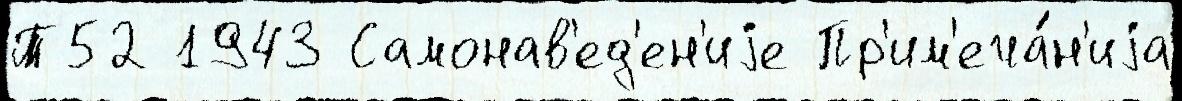
Т52 1943 Самонав'ед'ен'иjе Пр'им'еча́н'иjа